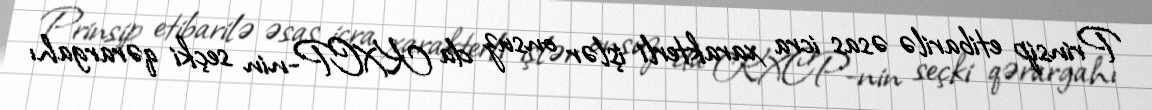
Prinsip etibarilə əsas icra xarakterli işlər onsuz da KXCP-nin seçki qərargahı